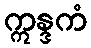
ဣန္ဒကံ